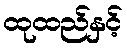
ထုထည်နှင့်